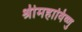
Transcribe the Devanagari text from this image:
श्रीमहाविष्णु